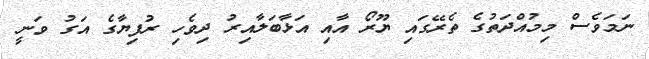
ނަމަވެސް މިމުއްދަތުގެ ތެރޭގައި ޔޫރޯ އާއި އަޅާބަލާއިރު ދިވެހި ރުފިޔާގެ އަގު ވަނީ